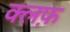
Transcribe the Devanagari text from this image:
क्लफ़